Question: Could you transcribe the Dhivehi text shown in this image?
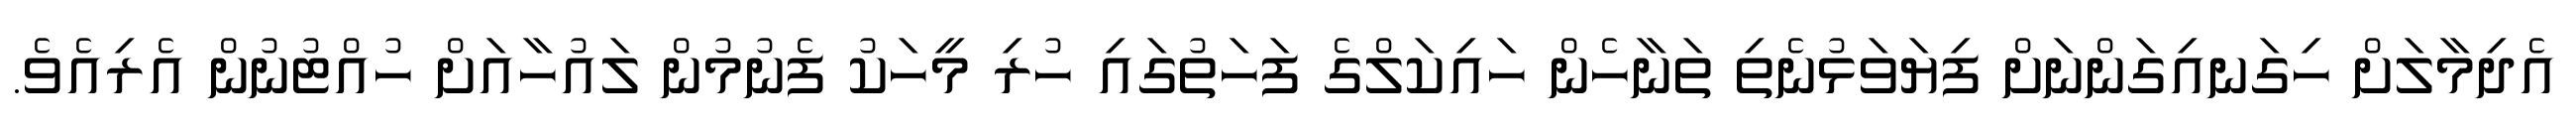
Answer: އެދިމާލަށް ހިގަނއިގަންނަށް ފިޔަވަޅުނެތި ތަނާހެން ހައިކަލްގެ ފަހަތުގައި ހުރި މީހަކު ފެނުމުން ލައުހާއަށް ހުއްޓުނުން އެރިއެވެ.